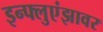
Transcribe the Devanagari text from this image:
इन्फ्लुएंझावर